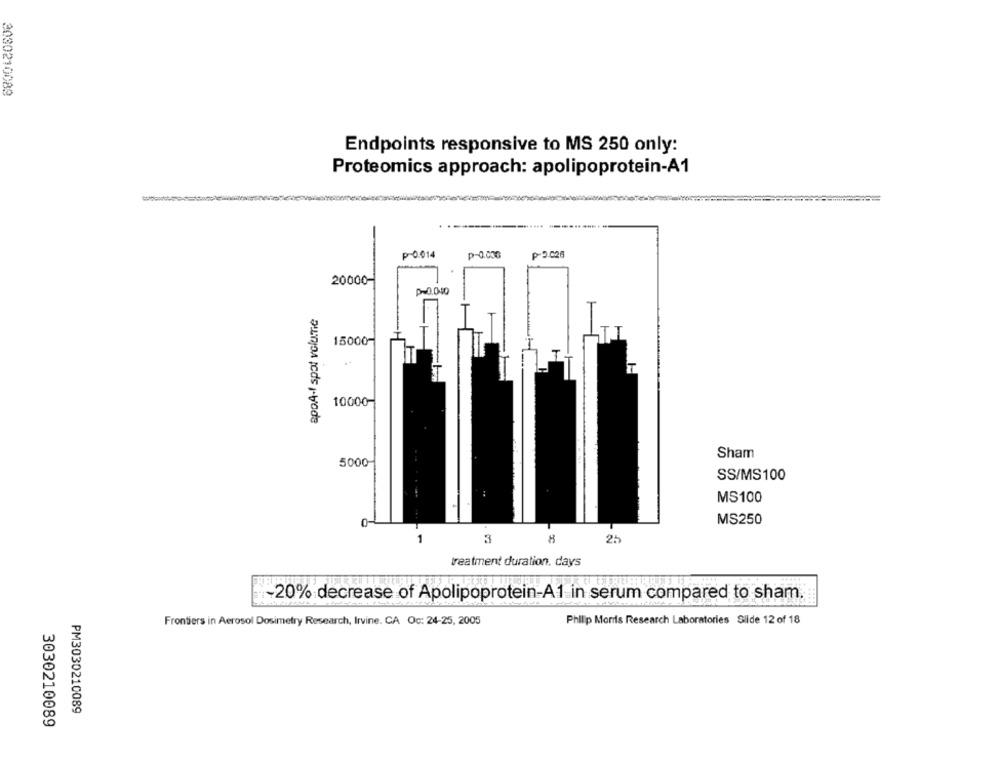
2030210089
Endpoints responsive to MS 250 only:
Proteomics approach: apolipoprotein-A1
P-0.014
p-0.000
₱5.026
20000-
apoA-1 spot volume
15000-
10000-
Sham
5000
SS/MS100
MS100
MS250
1
3
8
25
treatment duration. days
-20% decrease of Apolipoprotein-A1 in serum compared to sham.
Frontiers in Aerosol Dosimetry Research, Irvine. CA Oc: 24-25, 2005
Philip Morris Research Laboratories Slide 12 of 18
PM3030210089
3030210089